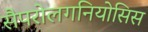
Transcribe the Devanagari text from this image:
सैपरोलगनियोसिस